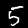
Label: 5